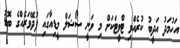
އަހުމަދު އަދީބު ކުރެއްވި ޓްވީޓަކަށް މި ވަނީ ސޯޝަލް މީޑިއާގައި ފުދޭވަރެއްގެ ބޮޑު